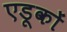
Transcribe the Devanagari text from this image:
एडूकों